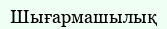
Шығармашылық